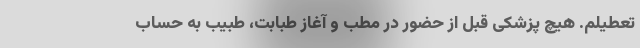
تعطیلم. هیچ پزشکی قبل از حضور در مطب و آغازِ طبابت، طبیب به حساب